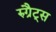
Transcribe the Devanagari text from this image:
रुग्रैट्स